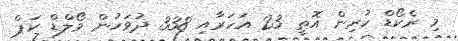
މި ރެކޯޑް ކުރިން އޮތީ 23 އަހަރާއި 338 ދުވަހުން ވޯލްްޑް ކަޕް